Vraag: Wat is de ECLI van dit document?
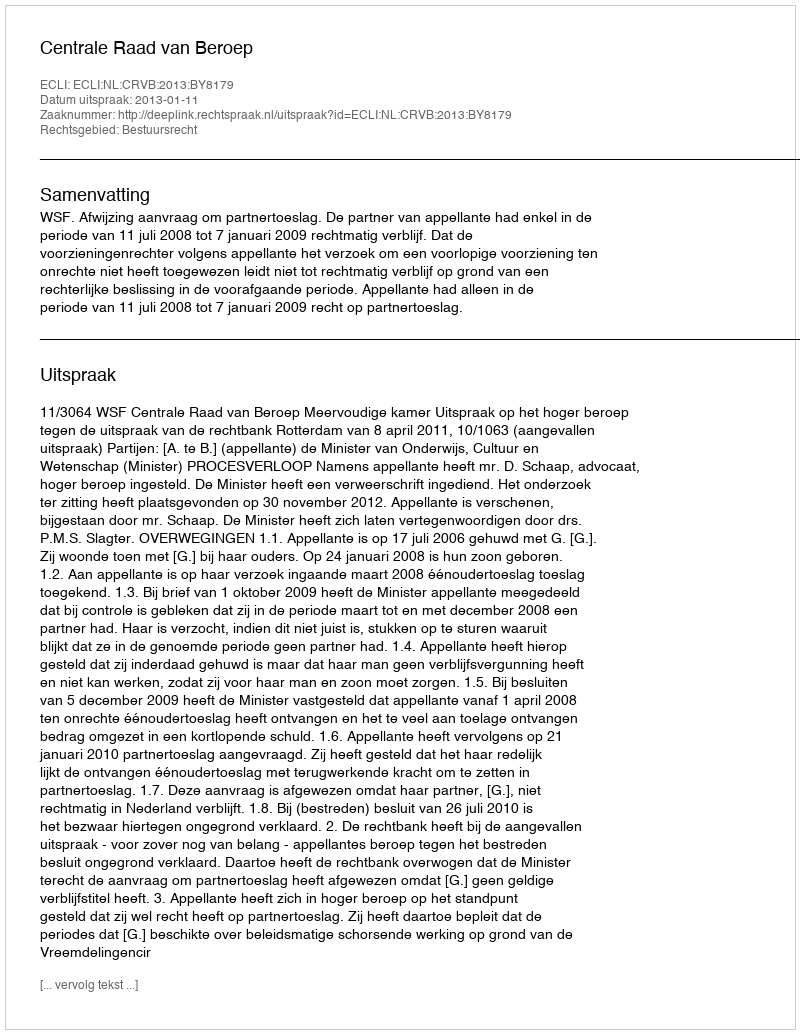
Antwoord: ECLI:NL:CRVB:2013:BY8179